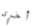
أخرى